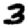
Digit: 3